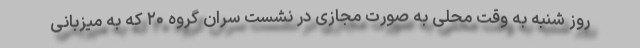
روز شنبه به وقت محلی به صورت مجازی در نشست سران گروه ۲۰ که به میزبانی